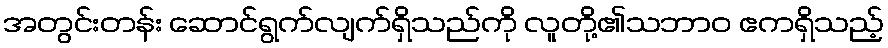
အတွင်းတန်း ဆောင်ရွက်လျက်ရှိသည်ကို လူတို့၏သဘာဝ ဧကရှိသည့်